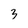
Character: 3